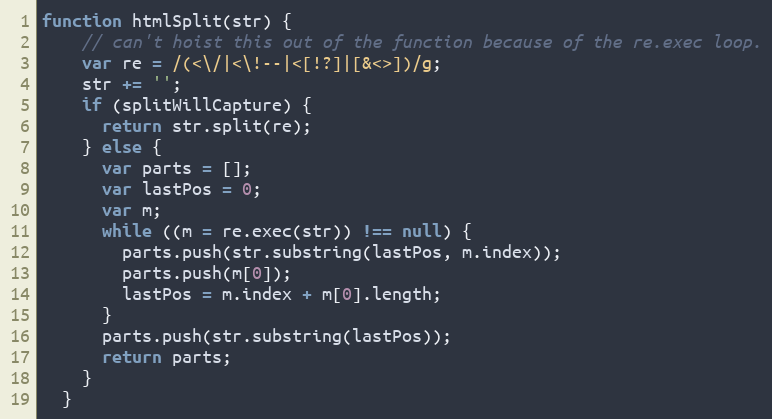
Language: JavaScript
function htmlSplit(str) {
    // can't hoist this out of the function because of the re.exec loop.
    var re = /(<\/|<\!--|<[!?]|[&<>])/g;
    str += '';
    if (splitWillCapture) {
      return str.split(re);
    } else {
      var parts = [];
      var lastPos = 0;
      var m;
      while ((m = re.exec(str)) !== null) {
        parts.push(str.substring(lastPos, m.index));
        parts.push(m[0]);
        lastPos = m.index + m[0].length;
      }
      parts.push(str.substring(lastPos));
      return parts;
    }
  }